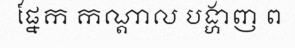
ផ្នែក កណ្តាល បង្ហាញ ព